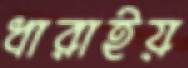
ধারাইয়